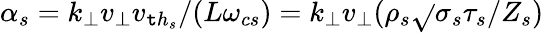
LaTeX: \alpha_{s}=k_{\perp}v_{\perp}v_{{\mathtt{t}h}_{s}}/(L\omega_{cs})=k_{\perp}v_{\perp}(\rho_{s}\sqrt{}{{\sigma_{s}\tau_{s}}}/Z_{s})